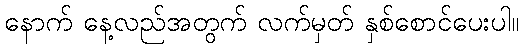
နောက် နေ့လည်အတွက် လက်မှတ် နှစ်စောင်ပေးပါ။